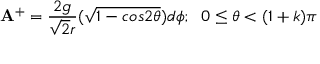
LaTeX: { \bf A } ^ { + } = \frac { 2 g } { { \sqrt { 2 } } r } ( \sqrt { 1 - c o s 2 { \theta } } ) d { \phi } ; \; \; 0 \leq { \theta } < ( 1 + k ) { \pi }